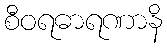
စီဝရဓာရဏာနိ